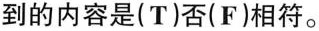
到的内容是(T)否(F)相符。